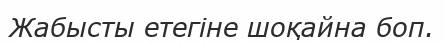
Жабысты етегіне шоқайна боп.